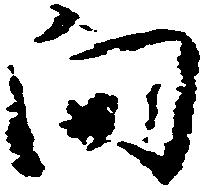
向